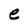
Character: e